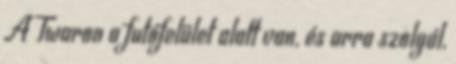
A Twaron a futófelület alatt van, és arra szolgál,